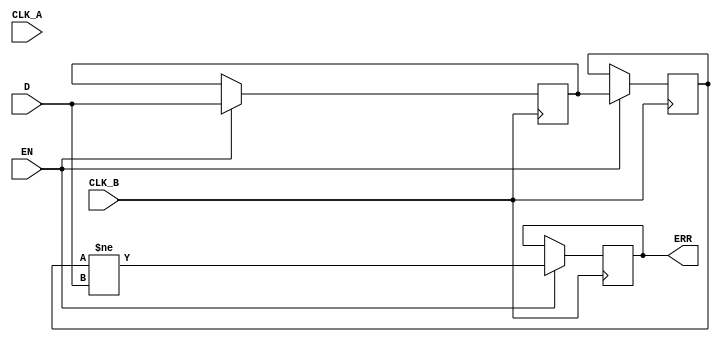
module cdc_detector (
    input wire D,            // Data signal crossing clock domains
    input wire CLK_A,        // Source clock
    input wire CLK_B,        // Destination clock
    input wire EN,          // Enable signal for the CDC detector
    output reg ERR          // Error signal output
);

    // Synchronization flip-flops
    reg D_sync1, D_sync2;

    // Error detection logic
    always @(posedge CLK_B) begin
        if (EN) begin
            // Synchronize the data signal to the destination clock domain
            D_sync1 <= D;          // First stage of synchronization
            D_sync2 <= D_sync1;    // Second stage of synchronization
            
            // Error detection: compare synchronized output with original data signal
            ERR <= (D_sync2 != D);  // Set ERR if there is a mismatch
        end
    end

endmodule